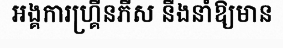
អង្គការហ្គ្រីនភីស នឹងនាំឱ្យមាន